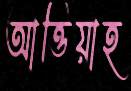
আত্তিয়াহ